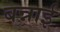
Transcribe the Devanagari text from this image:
बन्नाई